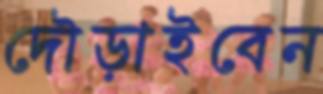
দৌড়াইবেন